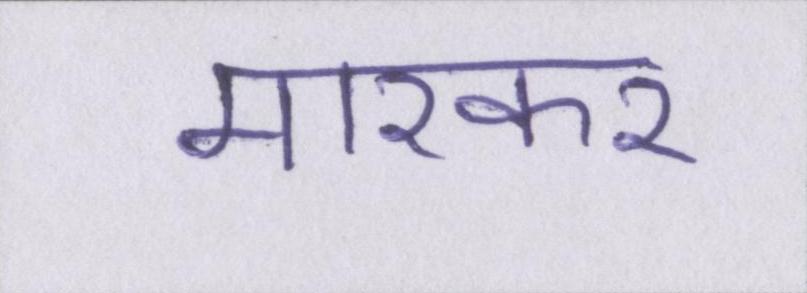
मारकर